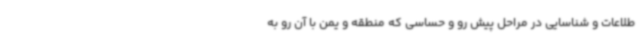
طلاعات و شناسایی در مراحل پیش رو و حساسی که منطقه و یمن با آن رو به